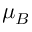
\mu _ { B }